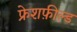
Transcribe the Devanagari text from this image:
फ्रेशफ़ील्ड